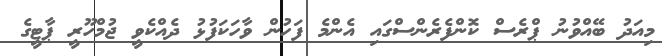
މިއަދު ބޭއްވުނު ޕްރެސް ކޮންފެރެންސްގައި އެންމެ ފަހުން ވާހަކަފުޅު ދެއްކެވީ ޖުމްހޫރީ ޕާޓީގެ